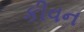
કીવન